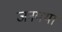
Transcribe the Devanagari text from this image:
जनयथा